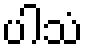
ပါသံ